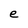
Character: e